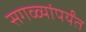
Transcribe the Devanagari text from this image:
सगळ्यांपर्यंत